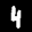
Label: 4